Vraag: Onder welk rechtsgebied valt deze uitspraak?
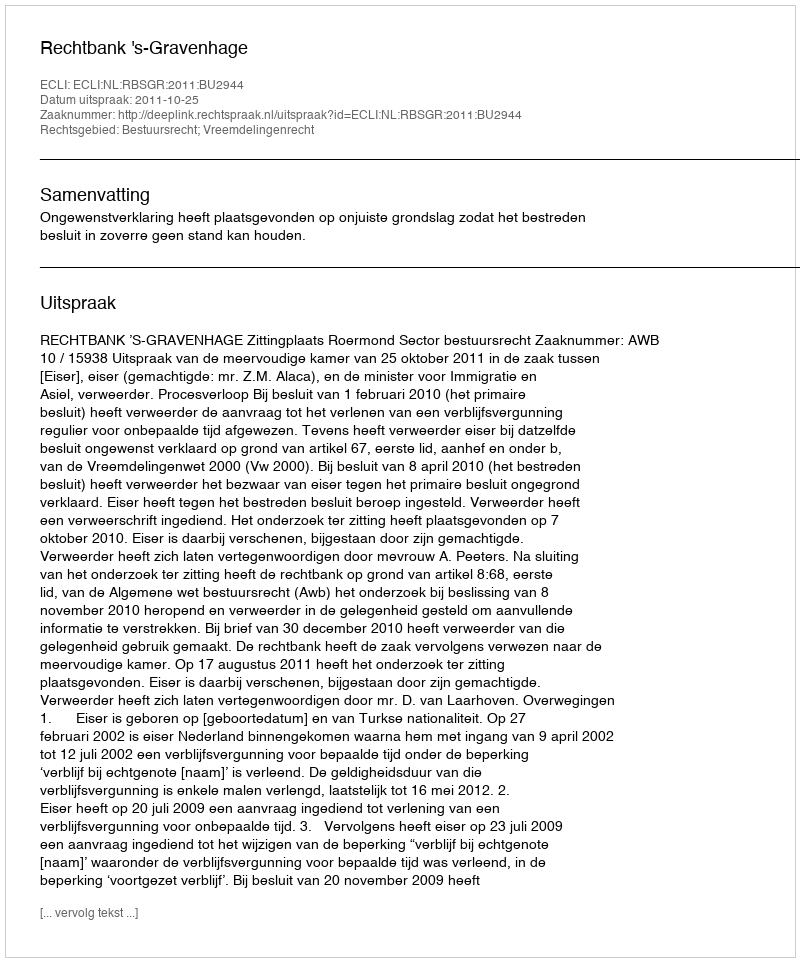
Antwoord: Bestuursrecht; Vreemdelingenrecht